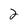
Character: 2